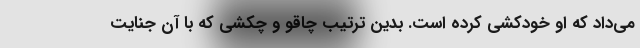
می‌داد که او خودکشی کرده است. بدین ترتیب چاقو و چکشی که با آن جنایت